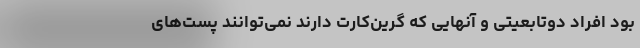
بود افراد دوتابعیتی و آنهایی که گرین‌کارت دارند نمی‌توانند پست‌های